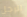
الرجل